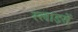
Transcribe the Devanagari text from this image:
स्लाइसें